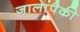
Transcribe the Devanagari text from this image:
जालांपैकी